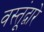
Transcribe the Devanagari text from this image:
वस्तूंद्वारे